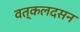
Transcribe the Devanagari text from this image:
वत्कलदसन